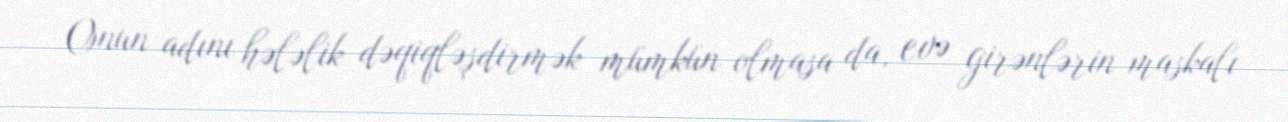
Onun adını hələlik dəqiqləşdirmək mümkün olmasa da, evə girənlərin maskalı